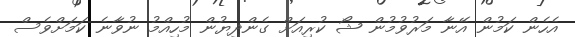
އެހެން ކަމުން އޭނާ މަރުވުމުން ޝޯ ކުރިއަށް ގެންދިޔުން މުހިއްމު ނުވާނެ ކަމަށްވެސް